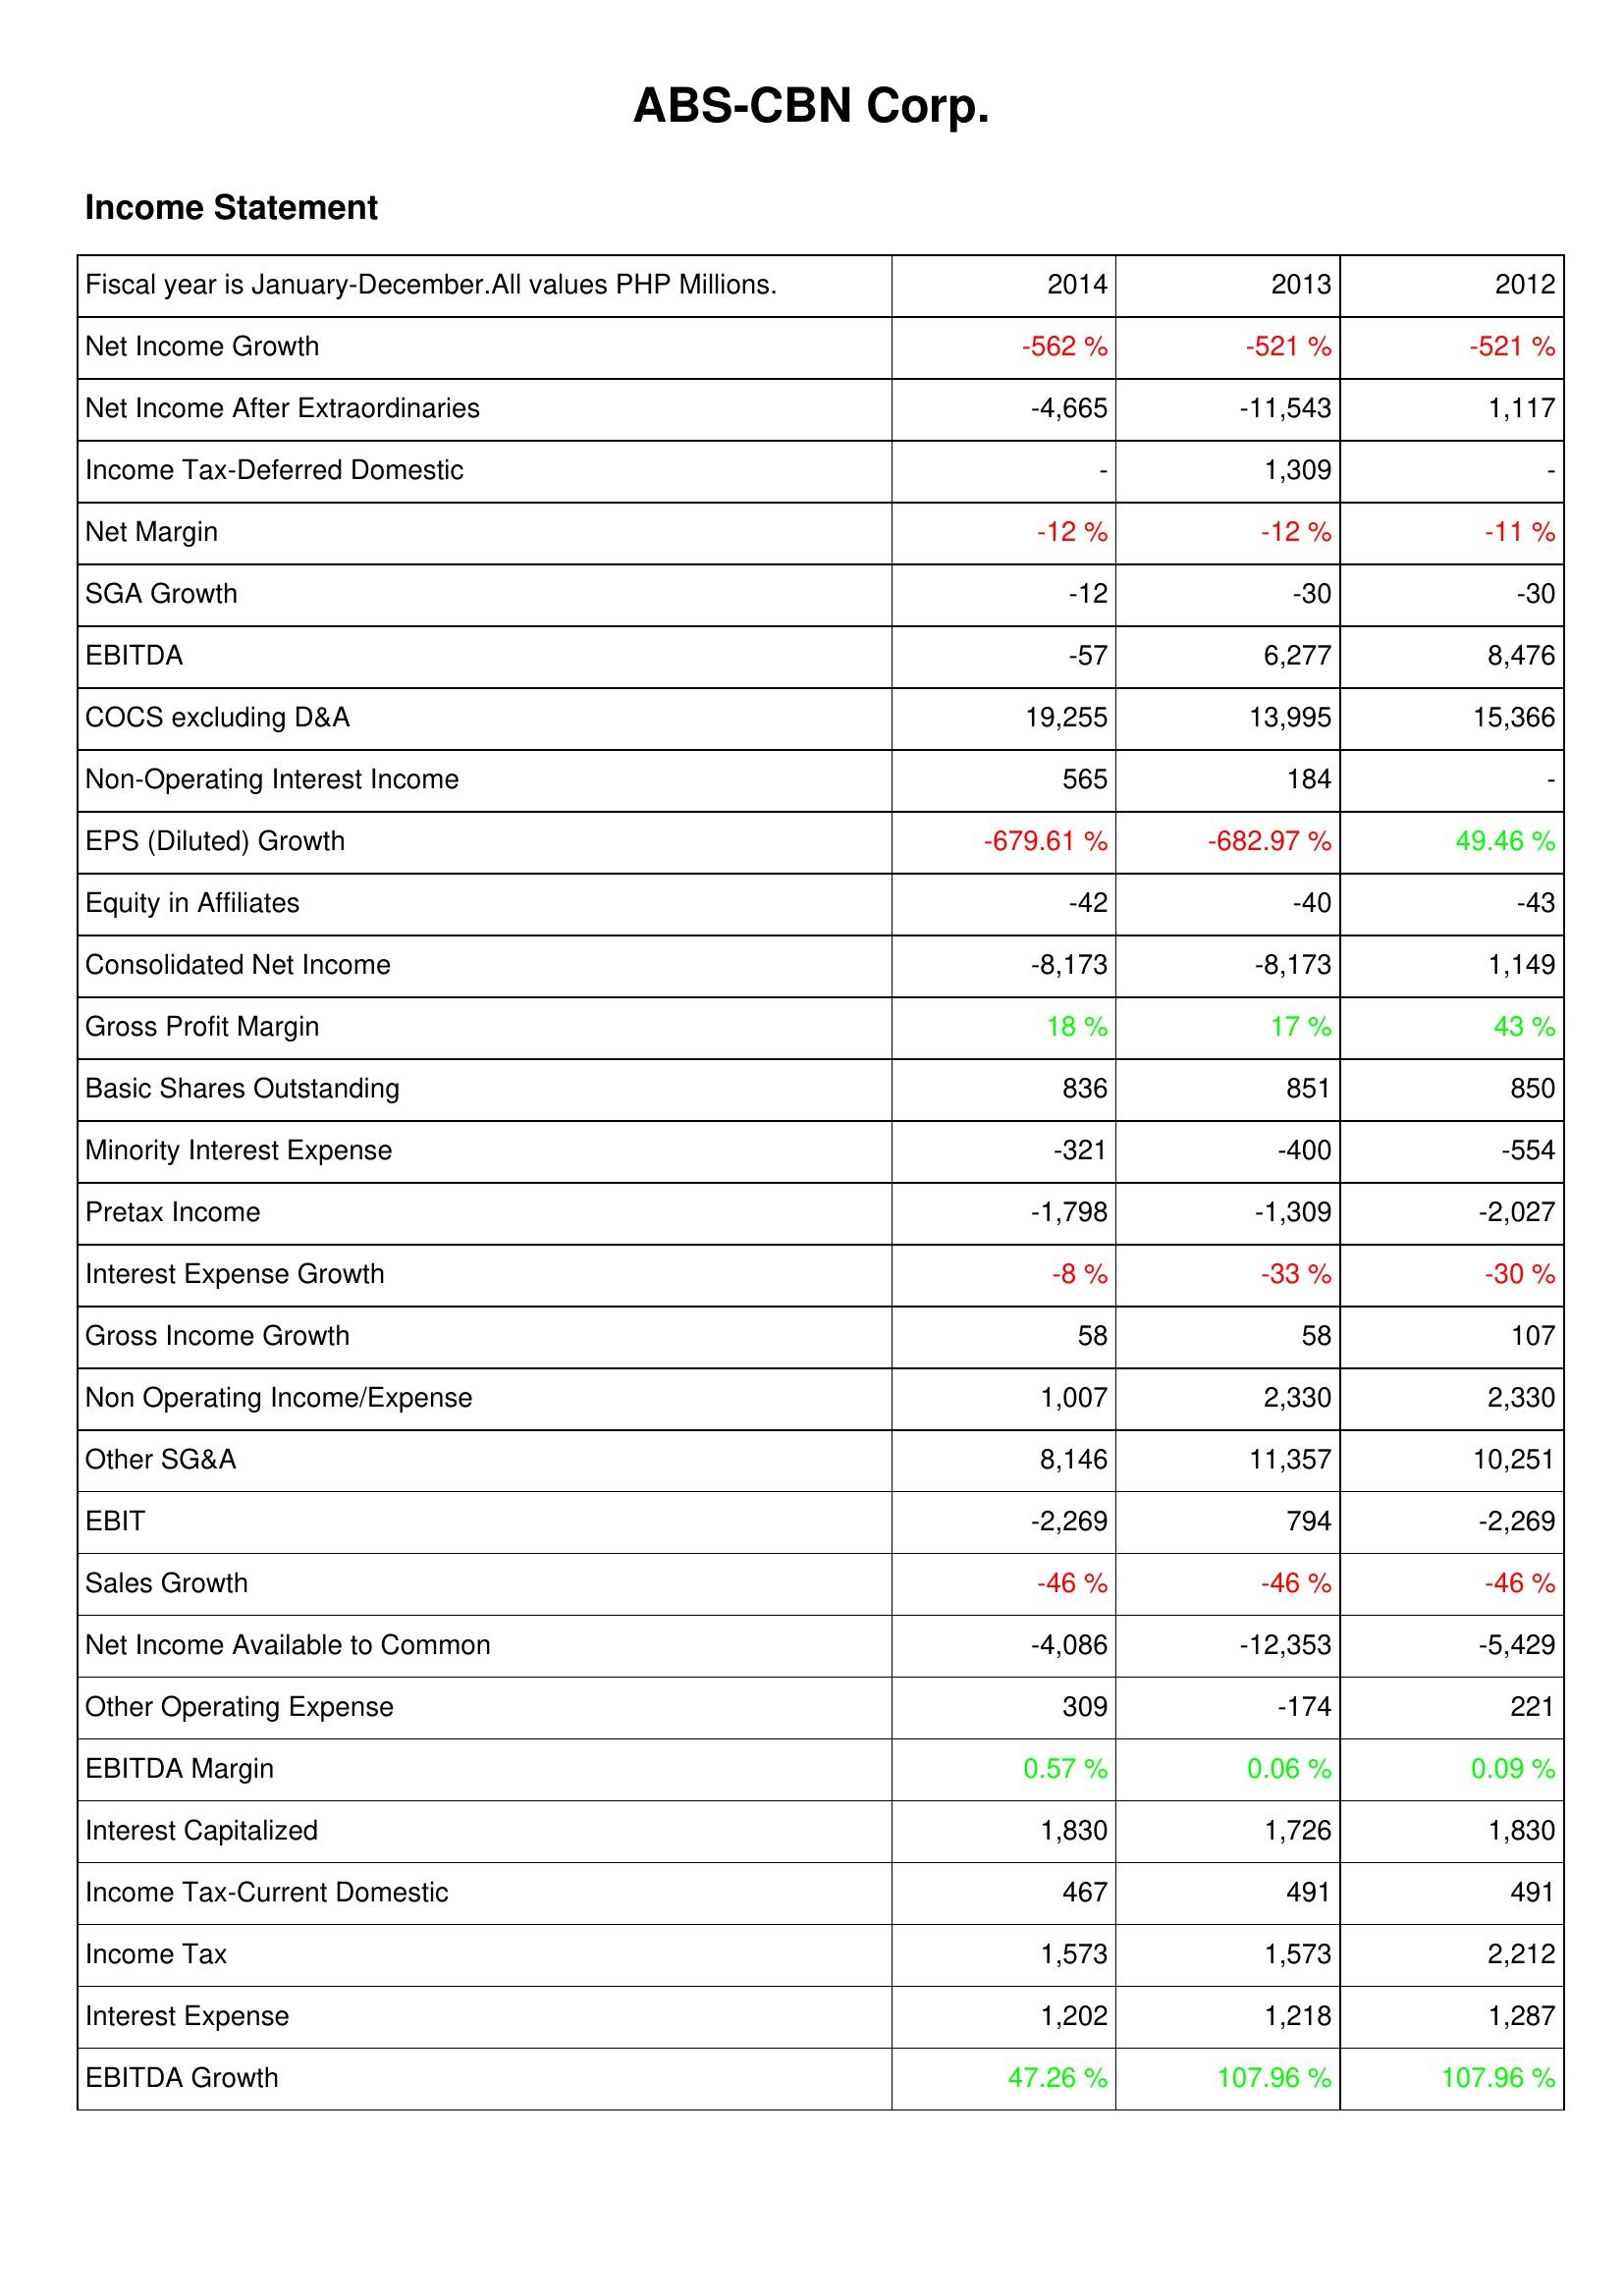
2014: Income Statement: Net Income Growth: -562 %
Net Income After Extraordinaries: -4,665
Income Tax-Deferred Domestic: -
Net Margin: -12 %
SGA Growth: -12
EBITDA: -57
COCS excluding D&A: 19,255
Non-Operating Interest Income: 565
EPS (Diluted) Growth: -679.61 %
Equity in Affiliates: -42
Consolidated Net Income: -8,173
Gross Profit Margin: 18 %
Basic Shares Outstanding: 836
Minority Interest Expense: -321
Pretax Income: -1,798
Interest Expense Growth: -8 %
Gross Income Growth: 58
Non Operating Income/Expense: 1,007
Other SG&A: 8,146
EBIT: -2,269
Sales Growth: -46 %
Net Income Available to Common: -4,086
Other Operating Expense: 309
EBITDA Margin: 0.57 %
Interest Capitalized: 1,830
Income Tax-Current Domestic: 467
Income Tax: 1,573
Interest Expense: 1,202
EBITDA Growth: 47.26 %
2013: Income Statement: Net Income Growth: -521 %
Net Income After Extraordinaries: -11,543
Income Tax-Deferred Domestic: 1,309
Net Margin: -12 %
SGA Growth: -30
EBITDA: 6,277
COCS excluding D&A: 13,995
Non-Operating Interest Income: 184
EPS (Diluted) Growth: -682.97 %
Equity in Affiliates: -40
Consolidated Net Income: -8,173
Gross Profit Margin: 17 %
Basic Shares Outstanding: 851
Minority Interest Expense: -400
Pretax Income: -1,309
Interest Expense Growth: -33 %
Gross Income Growth: 58
Non Operating Income/Expense: 2,330
Other SG&A: 11,357
EBIT: 794
Sales Growth: -46 %
Net Income Available to Common: -12,353
Other Operating Expense: -174
EBITDA Margin: 0.06 %
Interest Capitalized: 1,726
Income Tax-Current Domestic: 491
Income Tax: 1,573
Interest Expense: 1,218
EBITDA Growth: 107.96 %
2012: Income Statement: Net Income Growth: -521 %
Net Income After Extraordinaries: 1,117
Income Tax-Deferred Domestic: -
Net Margin: -11 %
SGA Growth: -30
EBITDA: 8,476
COCS excluding D&A: 15,366
Non-Operating Interest Income: -
EPS (Diluted) Growth: 49.46 %
Equity in Affiliates: -43
Consolidated Net Income: 1,149
Gross Profit Margin: 43 %
Basic Shares Outstanding: 850
Minority Interest Expense: -554
Pretax Income: -2,027
Interest Expense Growth: -30 %
Gross Income Growth: 107
Non Operating Income/Expense: 2,330
Other SG&A: 10,251
EBIT: -2,269
Sales Growth: -46 %
Net Income Available to Common: -5,429
Other Operating Expense: 221
EBITDA Margin: 0.09 %
Interest Capitalized: 1,830
Income Tax-Current Domestic: 491
Income Tax: 2,212
Interest Expense: 1,287
EBITDA Growth: 107.96 %